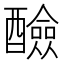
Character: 醶